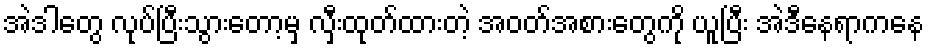
အဲဒါတွေ လုပ်ပြီးသွားတော့မှ လှီးထုတ်ထားတဲ့ အဝတ်အစားတွေကို ယူပြီး အဲဒီနေရာကနေ